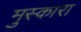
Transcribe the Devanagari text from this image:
मुस्कारा